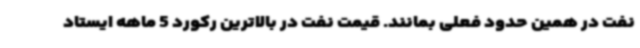
نفت در همین حدود فعلی بمانند. قیمت نفت در بالاترین رکورد 5 ماهه ایستاد